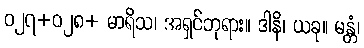
ဝ၂၇+ဝ၂၈+ မာရိသ၊ အရှင်ဘုရား။ ဒါနိ၊ ယခု။ မန္တံ၊